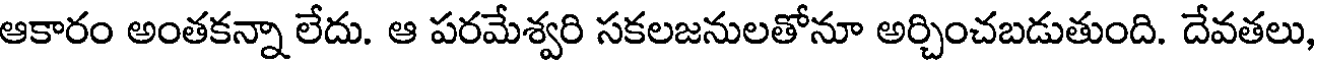
ఆకారం అంతకన్నా లేదు. ఆ పరమేశ్వరి సకలజనులతోనూ అర్చించబడుతుంది. దేవతలు,